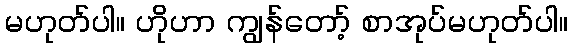
မဟုတ်ပါ။ ဟိုဟာ ကျွန်တော့် စာအုပ်မဟုတ်ပါ။